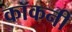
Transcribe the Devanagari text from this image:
कॉकनी